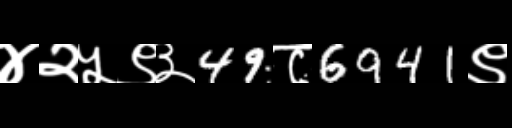
Text: ४२५९३49८6941९